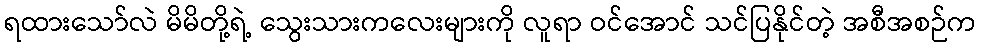
ရထားသော်လဲ မိမိတို့ရဲ့ သွေးသားကလေးများကို လူရာ ဝင်အောင် သင်ပြနိုင်တဲ့ အစီအစဉ်က